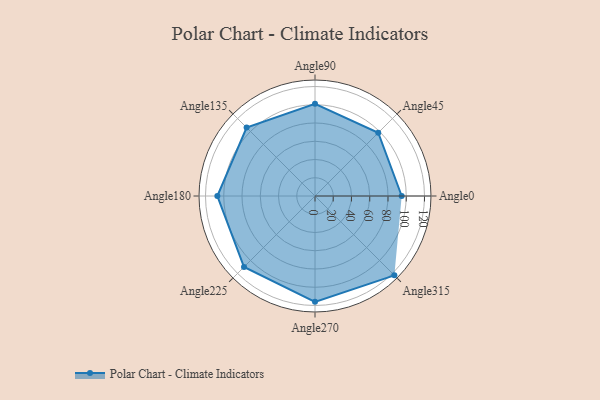
{"axis": {"x": "Angle", "y": "Radius"}, "legend": [""], "data": [{"x": "Angle0", "y": 95.0, "type": ""}, {"x": "Angle45", "y": 98.0, "type": ""}, {"x": "Angle90", "y": 101.0, "type": ""}, {"x": "Angle135", "y": 106.0, "type": ""}, {"x": "Angle180", "y": 107.0, "type": ""}, {"x": "Angle225", "y": 110.0, "type": ""}, {"x": "Angle270", "y": 116.0, "type": ""}, {"x": "Angle315", "y": 123.0, "type": ""}]}